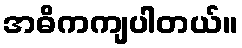
အဓိကကျပါတယ်။